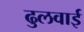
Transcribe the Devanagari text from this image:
ढुलवाई